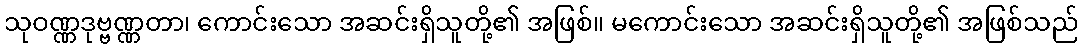
သုဝဏ္ဏဒုဗ္ဗဏ္ဏတာ၊ ကောင်းသော အဆင်းရှိသူတို့၏ အဖြစ်။ မကောင်းသော အဆင်းရှိသူတို့၏ အဖြစ်သည်